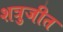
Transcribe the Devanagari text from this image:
शत्रुजीत